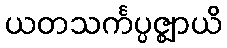
ယတသင်္ကပ္ပဇ္ဈာယိ